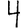
Digit: 4